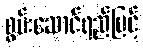
စွမ်းဆောင်ရည်မြင့်